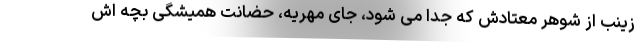
زینب از شوهر معتادش که جدا می شود، جای مهریه، حضانت همیشگی بچه اش